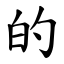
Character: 的